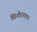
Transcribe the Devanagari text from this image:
विनोदनाट्य